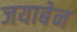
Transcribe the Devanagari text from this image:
जयाबेन